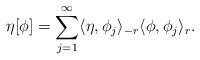
\begin{align*}\eta \lbrack \phi ]=\sum_{j=1}^{\infty }\langle \eta ,\phi _{j}\rangle_{-r}\langle \phi ,\phi _{j}\rangle _{r}. \end{align*}